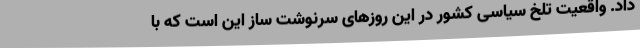
داد. واقعیت تلخ سیاسی کشور در این روزهای سرنوشت ساز این است که با